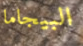
البيجاما